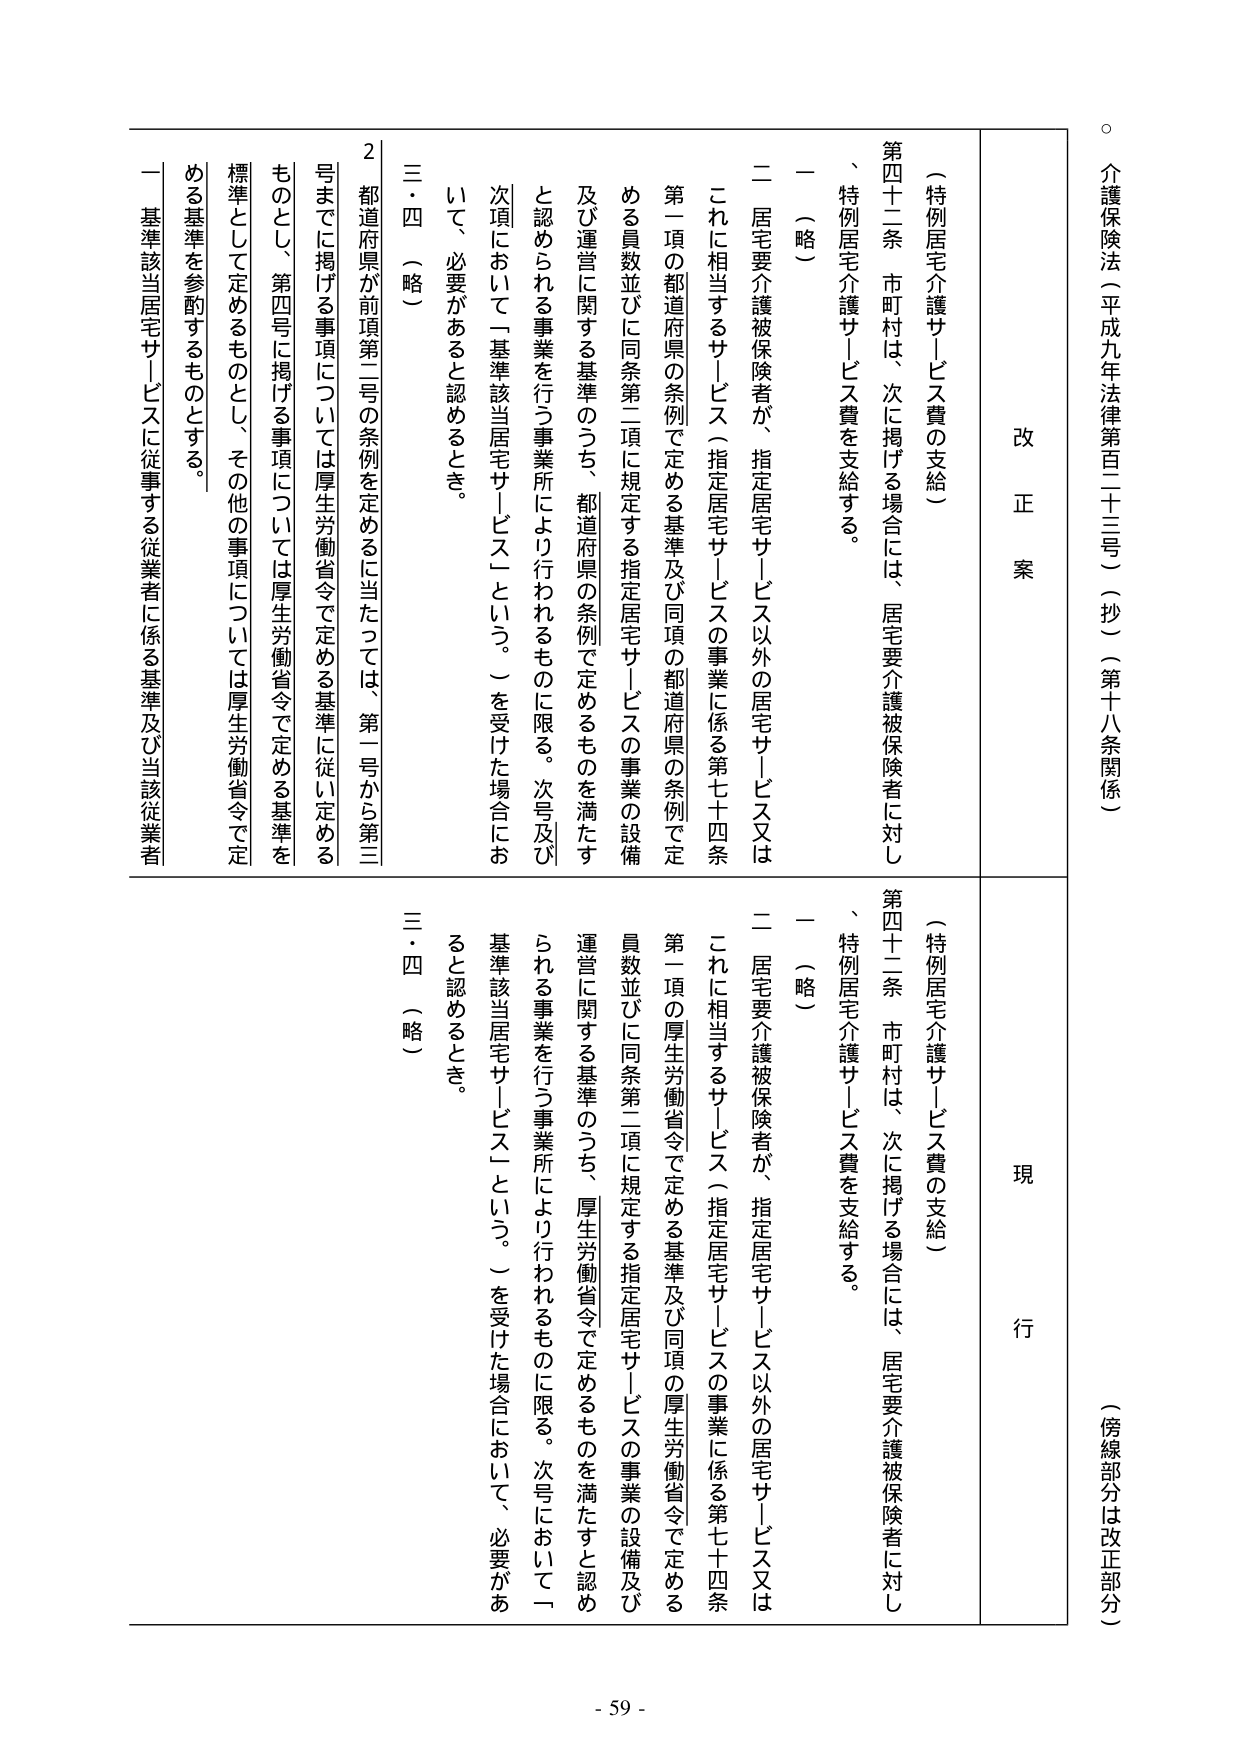
介護保険法（平成九年法律第百二十三号）（抄）（第十八条関係）

（傍線部分は改正部分）

改 正 案

（特例居宅介護サービス費の支給）

第四十二条 市町村は、次に掲げる場合には、居宅要介護被保険者に対し、特例居宅介護サービス費を支給する。

一 （略）

二 居宅要介護被保険者が、指定居宅サービス以外の居宅サービス又はこれに相当するサービス（指定居宅サービスの事業に係る第七十四条第一項の都道府県の条例で定める基準及び同項の都道府県の条例で定める員数並びに同条第二項に規定する指定居宅サービスの事業の設備及び運営に関する基準のうち、都道府県の条例で定めるものを満たすと認められる事業を行う事業所により行われるものに限る。次号及び次項において「基準該当居宅サービス」という。）を受けた場合において、必要があると認めるとき。

三・四 （略）

2 都道府県が前項第二号の条例を定めるに当たっては、第一号から第三号までに掲げる事項については厚生労働省令で定める基準に従い定めるものとし、第四号に掲げる事項については厚生労働省令で定める基準を標準として定めるものとし、その他の事項については厚生労働省令で定める基準を参酌するものとする。

一 基準該当居宅サービスに従事する従業者に係る基準及び当該従業者

現 行

（特例居宅介護サービス費の支給）

第四十二条 市町村は、次に掲げる場合には、居宅要介護被保険者に対し、特例居宅介護サービス費を支給する。

一 （略）

二 居宅要介護被保険者が、指定居宅サービス以外の居宅サービス又はこれに相当するサービス（指定居宅サービスの事業に係る第七十四条第一項の厚生労働省令で定める基準及び同項の厚生労働省令で定める員数並びに同条第二項に規定する指定居宅サービスの事業の設備及び運営に関する基準のうち、厚生労働省令で定めるものを満たすと認められる事業を行う事業所により行われるものに限る。次号において「基準該当居宅サービス」という。）を受けた場合において、必要があると認めるとき。

三・四 （略）

- 59 -